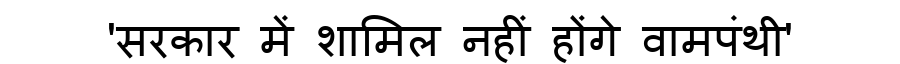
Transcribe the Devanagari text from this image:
'सरकार में शामिल नहीं होंगे वामपंथी'